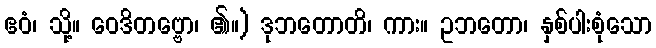
ဧဝံ၊ သို့။ ဝေဒိတဗ္ဗော၊ ၏။) ဒုဘတောတိ၊ ကား။ ဥဘတော၊ နှစ်ပါးစုံသော